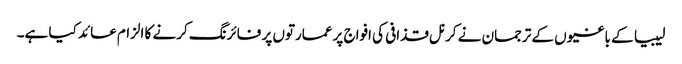
لیبیا کے باغیوں کے ترجمان نے کرنل قذافی کی افواج پر عمارتوں پر فائرنگ کرنے کا الزام عائد کیا ہے۔